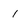
Character: 1